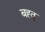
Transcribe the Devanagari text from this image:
बह्तु